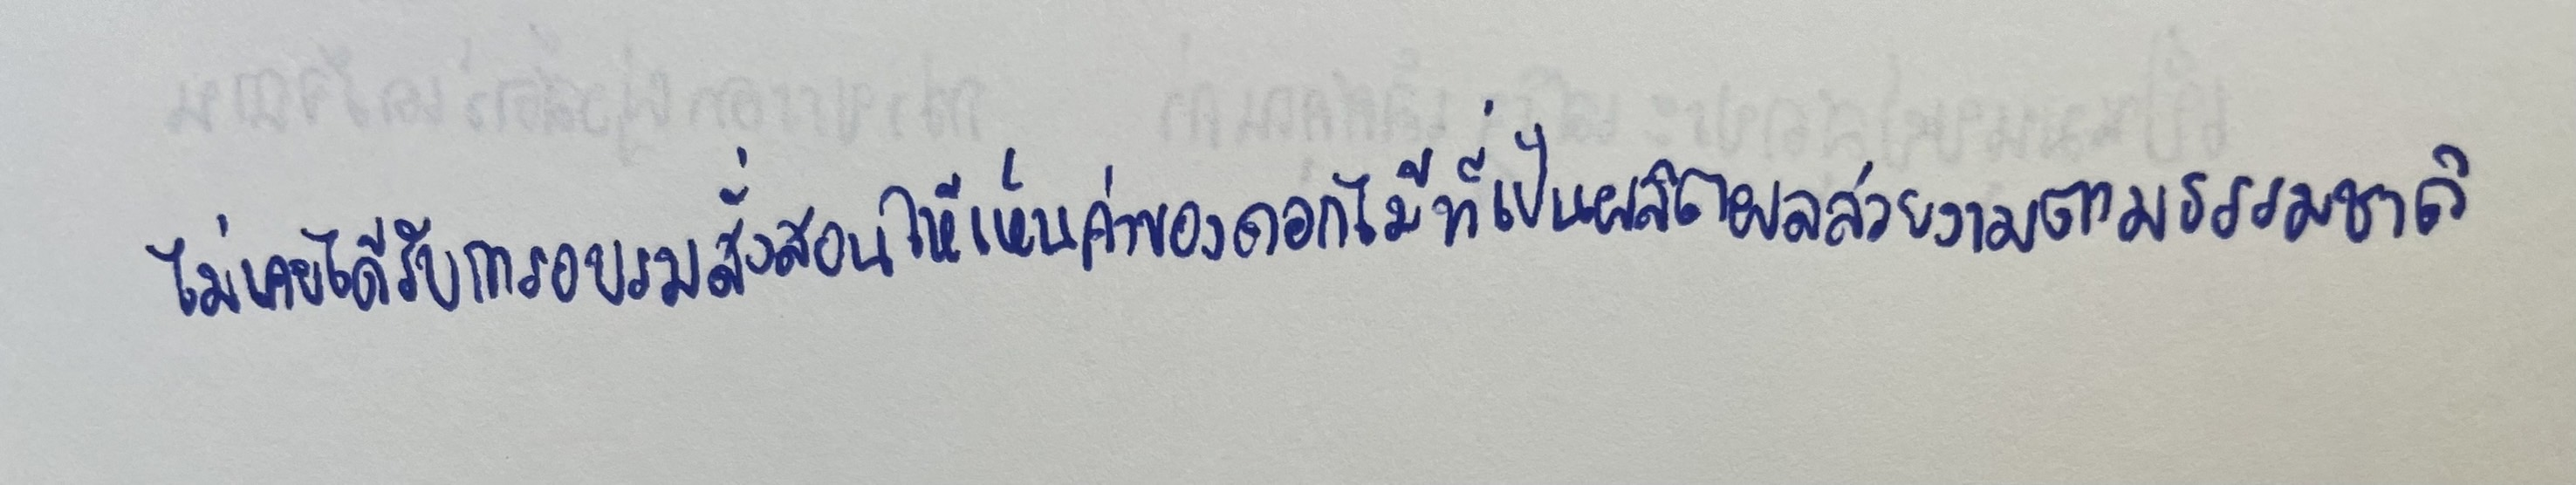
ไม่เคยได้รับการอบรมสั่งสอนให้เห็นค่าของดอกไม้ที่เป็นผลิตผลสวยงามตามธรรมชาติ